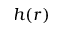
h ( r )